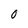
Character: 0